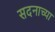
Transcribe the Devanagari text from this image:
सदनाच्या